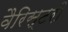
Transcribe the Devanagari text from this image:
वैरिस्टरी